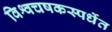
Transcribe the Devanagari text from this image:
विश्वचषकस्पर्धेत